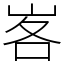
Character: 峉